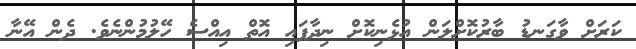
ކަރަށް ވާގަނޑު ބާރުކޮށްލަން އުޅެނިކޮށް ނިދާފައި އޮތް އިއްސެ ހޭލުމުންނެވެ. ދެން އޭނާ